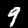
Digit: 9